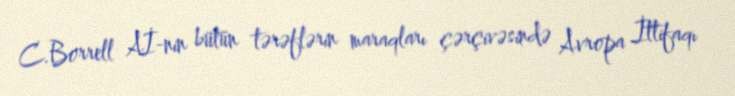
C.Borrell Aİ-nin bütün tərəflərin maraqları çərçivəsində Avropa İttifaqı